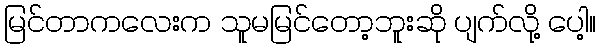
မြင်တာကလေးက သူမမြင်တော့ဘူးဆို ပျက်လို့ ပေါ့။